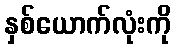
နှစ်ယောက်လုံးကို